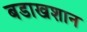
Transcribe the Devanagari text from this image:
बडाखशान